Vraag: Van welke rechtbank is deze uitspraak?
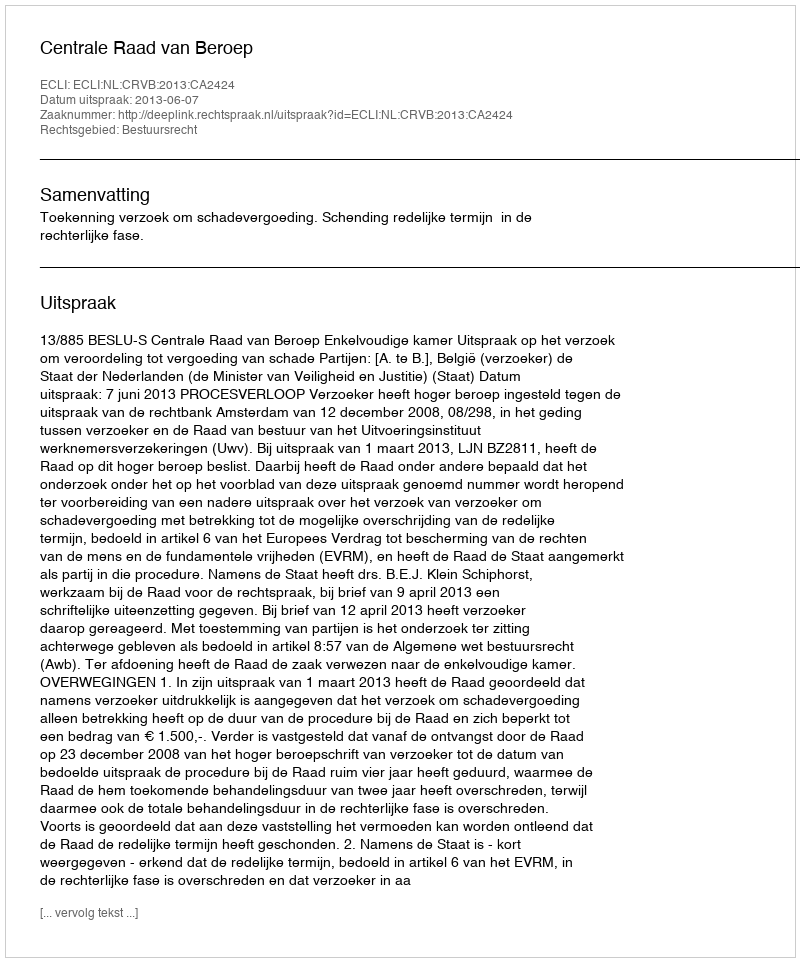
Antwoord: Centrale Raad van Beroep